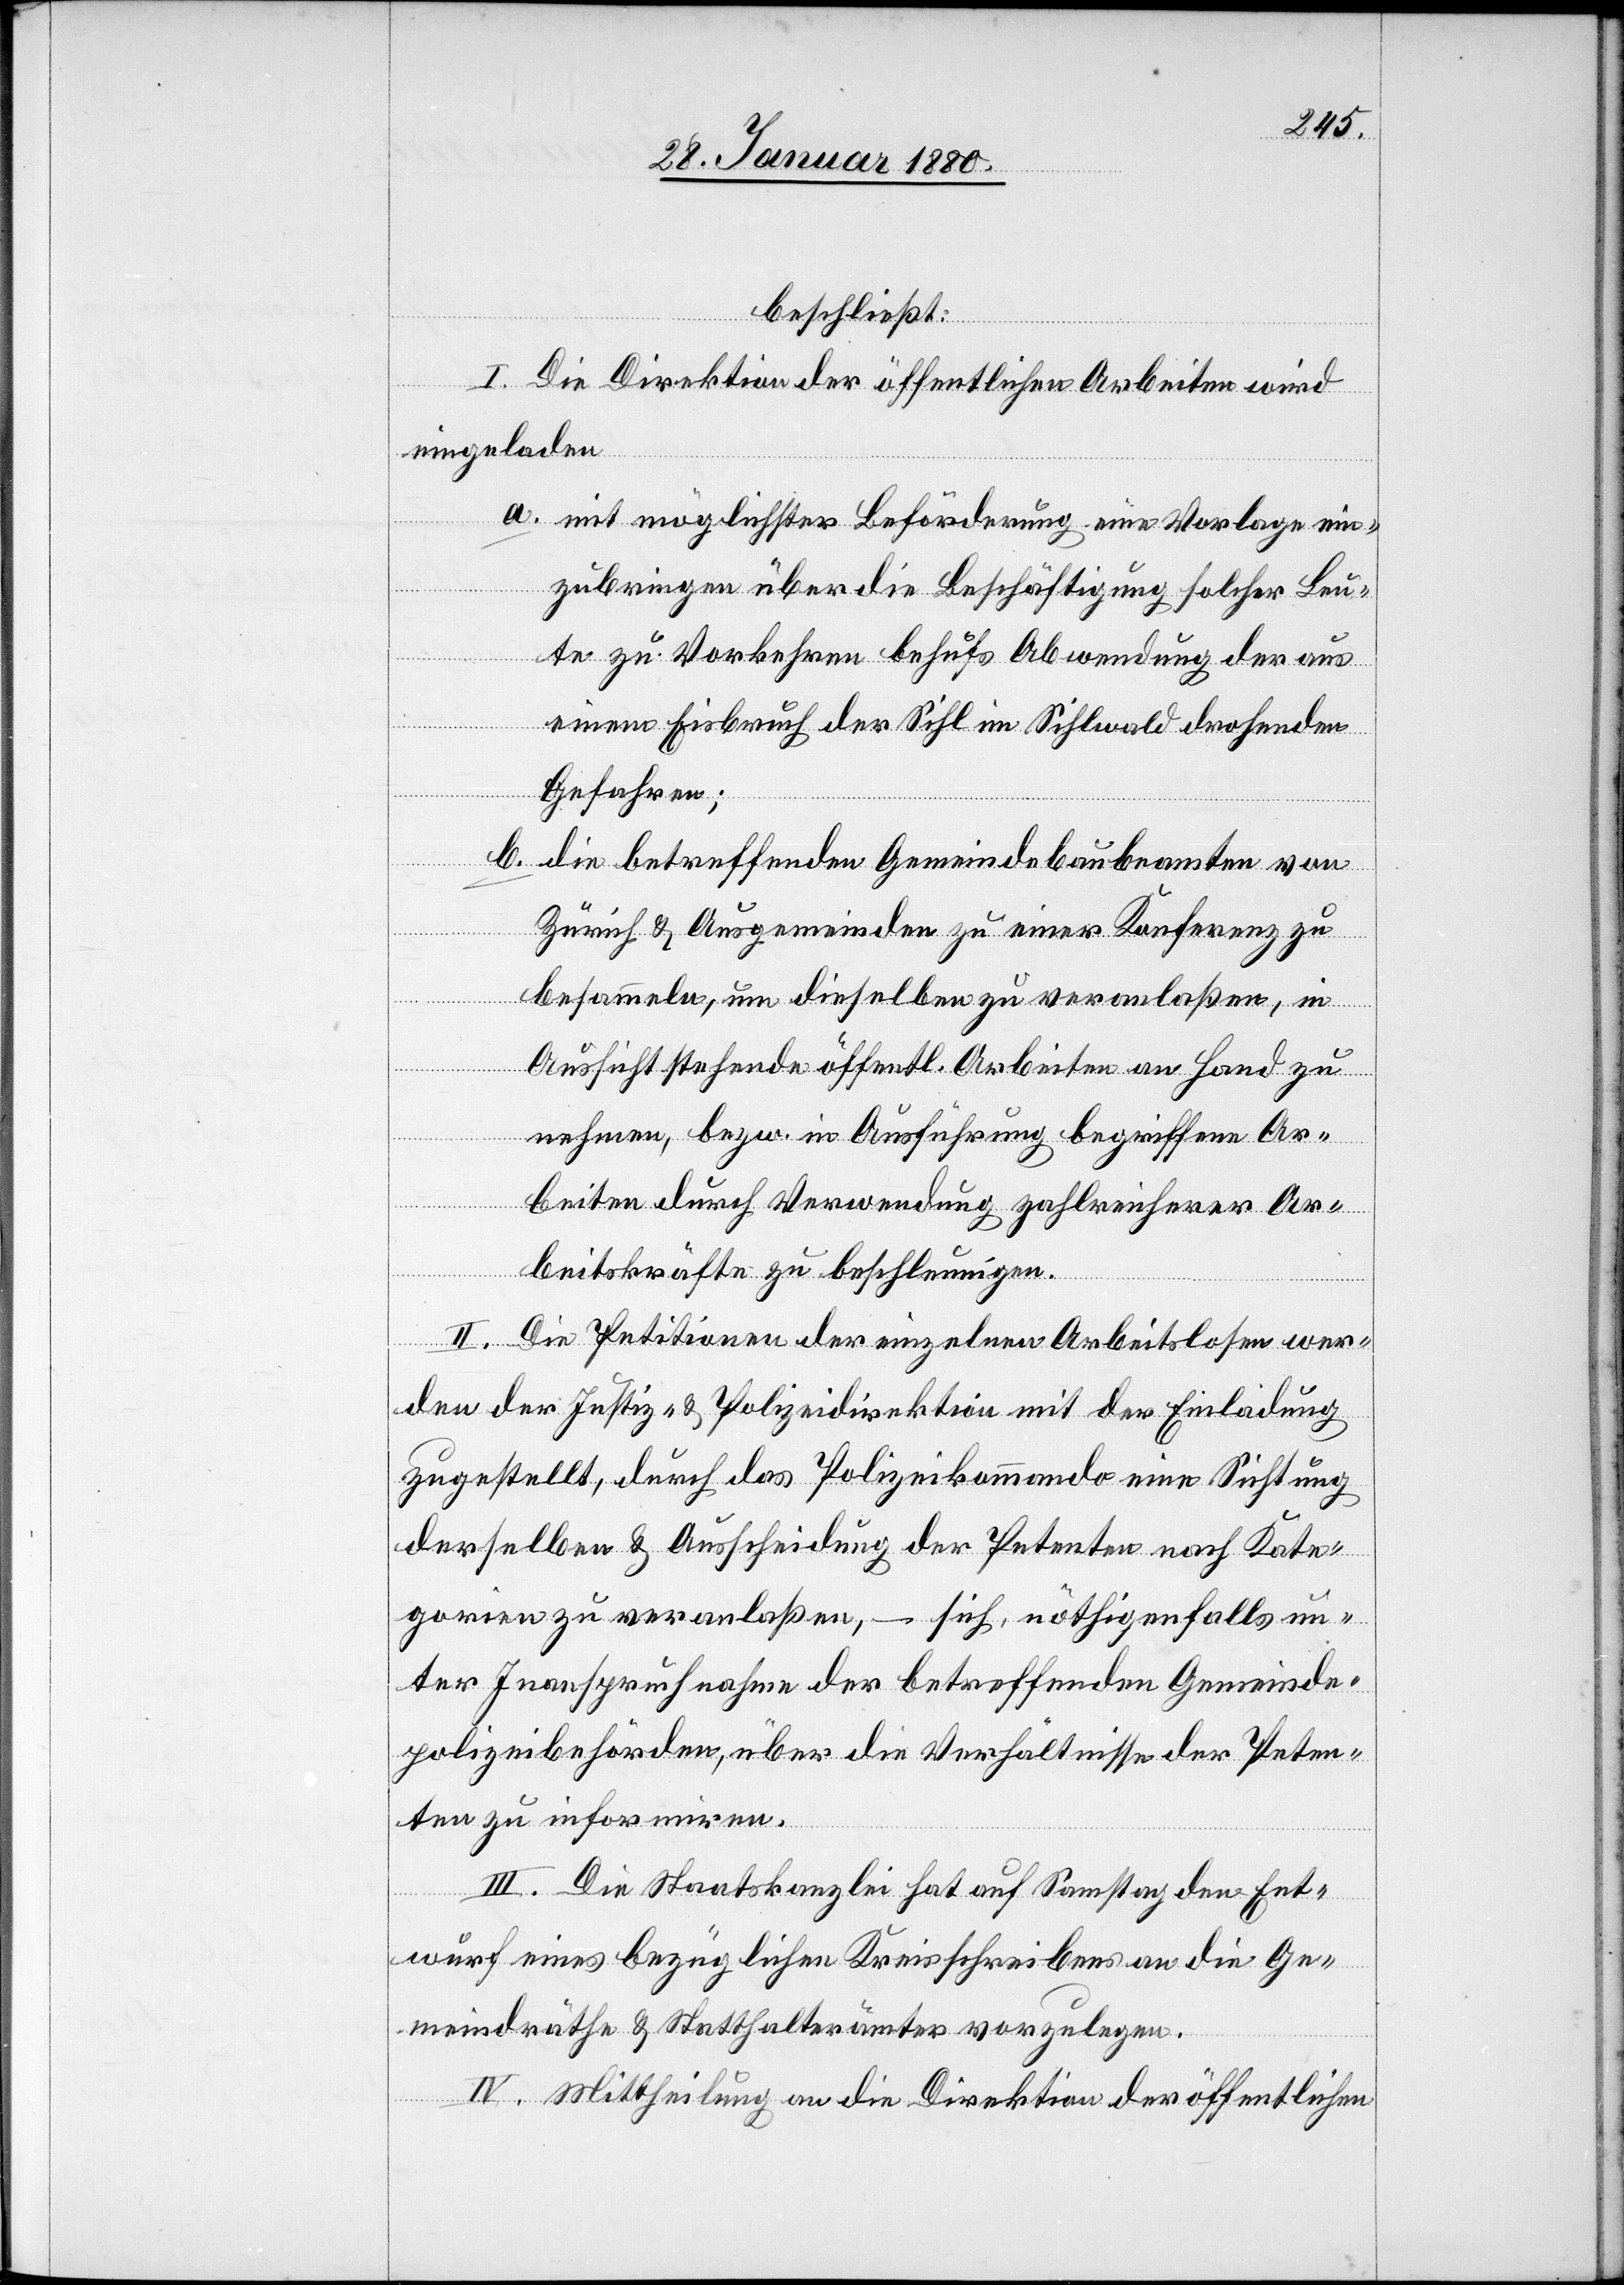
beschließt:
I. Die Direktion der öffentlichen Arbeiten wird
eingeladen
mit möglichster Beförderung eine Vorlage ein¬
zubringen über die Beschäftigung solcher Leu¬
te zu Vorkehren behufs Abwendung der aus
einem Eisbruch der Sihl im Sihlwald drohenden
Gefahren;
b.
die betreffenden Gemeindebaubeamten von
Zürich & Ausgemeinden zu einer Konferenz zu
besammeln, um dieselben zu veranlaßen, in
Aussicht stehende öffentl. Arbeiten an Hand zu
nehmen, bezw. in Ausführung begriffene Ar¬
beiten durch Verwendung zahlreicherer Ar¬
beitskräfte zu beschleunigen.
II. Die Petitionen der einzelnen Arbeitslosen wer¬
den der Justiz- & Polizeidirektion mit der Einladung
zugestellt, durch das Polizeikommando eine Sichtung
derselben & Ausscheidung der Petenten nach Kate¬
gorien zu veranlaßen, – sich, nöthigenfalls un¬
ter Inanspruchnahme der betreffend Gemeinde¬
polizeibehörden, über die Verhältnisse der Peten¬
ten zu informiren.
III. Die Staatskanzlei hat auf Samstag den Ent¬
wurf eines bezüglichen Kreisschreibens an die Ge¬
meindräthe & Statthalter vorzulegen.
IV. Mittheilung an die Direktion der öffentlichen